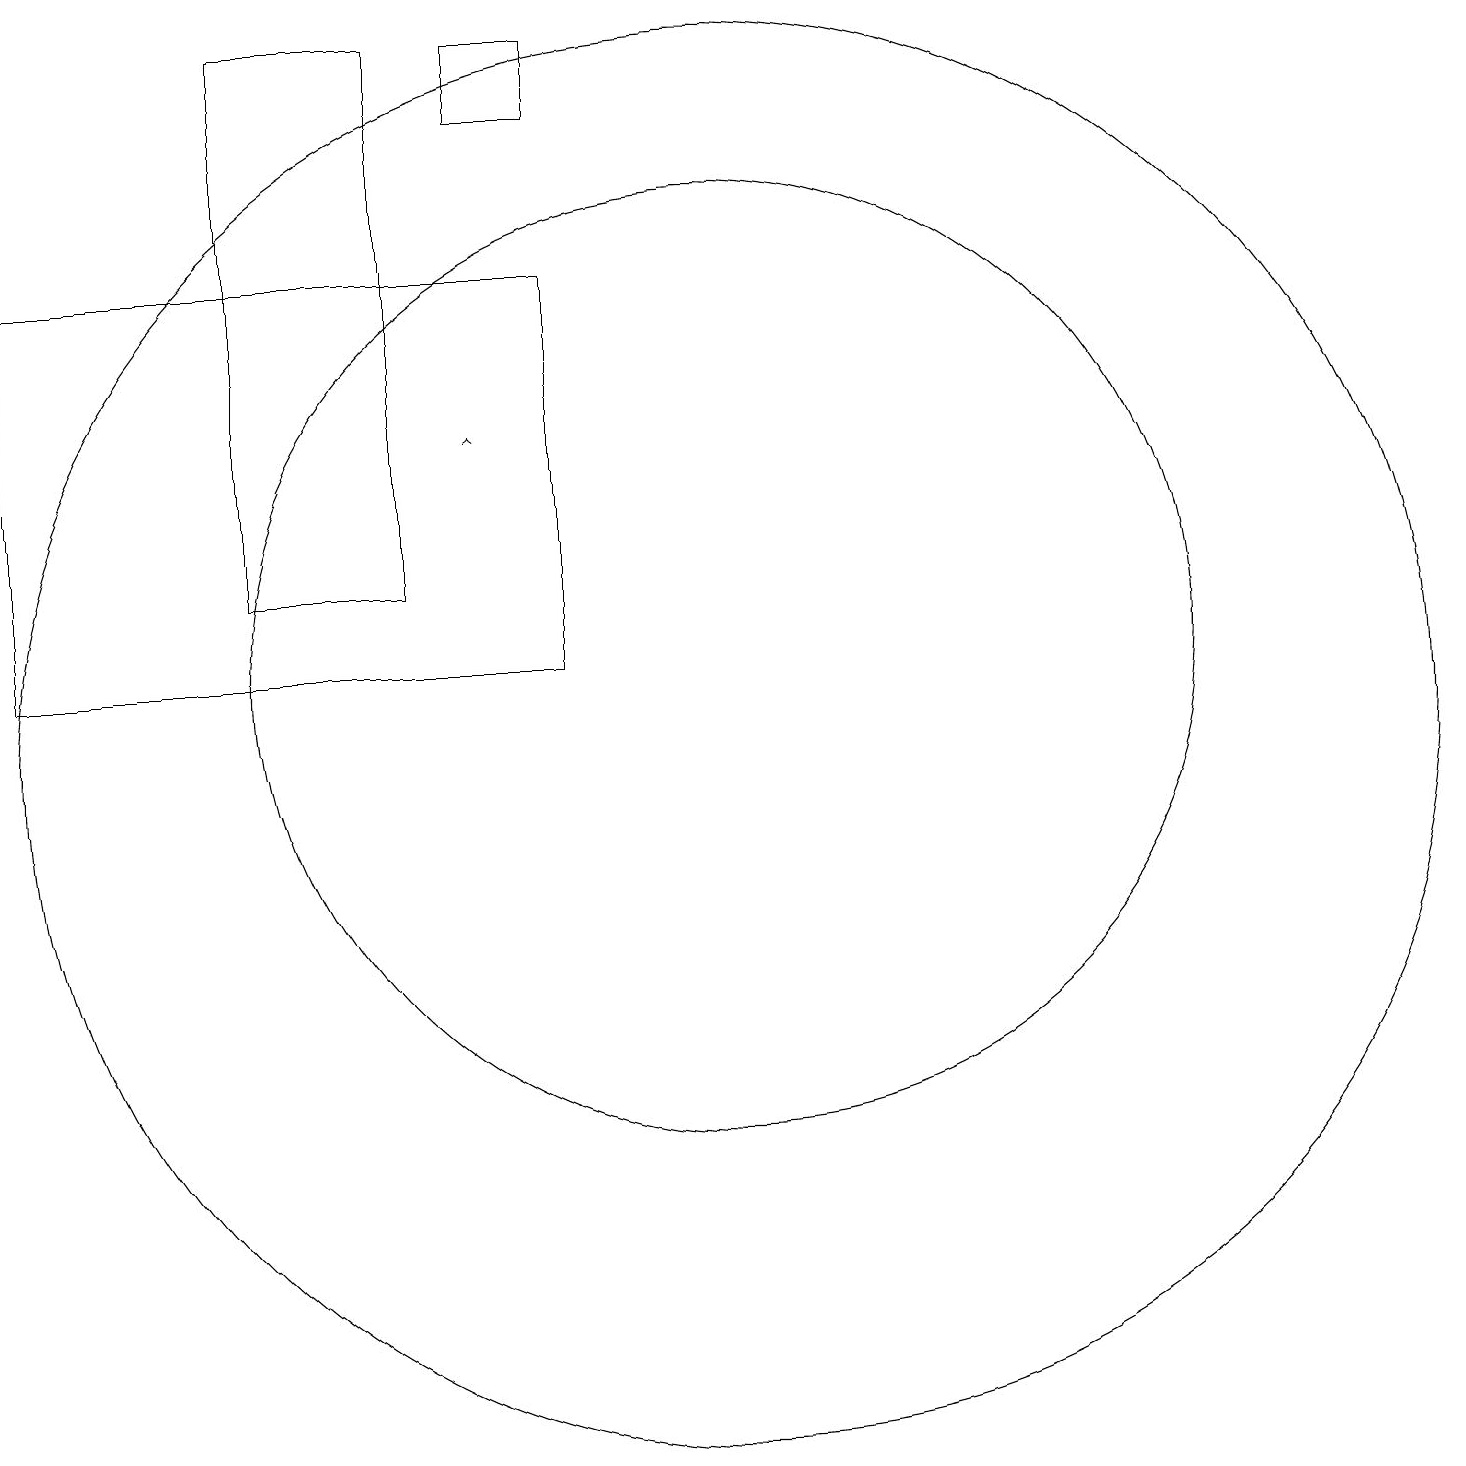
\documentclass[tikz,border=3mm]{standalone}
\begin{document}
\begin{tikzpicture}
\draw[->] (8,14) -- (8,14);
\draw (2,11) rectangle (9,16);
\draw (9,18) rectangle (8,19);
\draw (11,11) circle (6);
\draw (11,10) circle (9);
\draw (5,19) rectangle (7,12);
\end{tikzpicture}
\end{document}